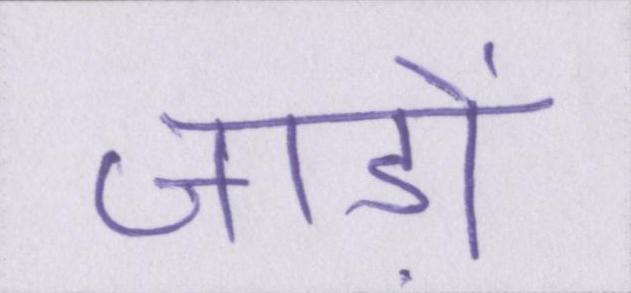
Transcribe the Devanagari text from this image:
जाड़ों